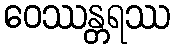
ဝေဿန္တရဿ